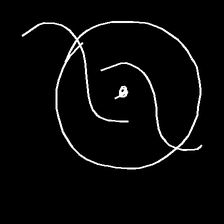
Glyph: repetition